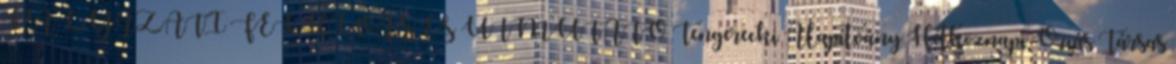
PÁLYÁZATI FELHÍVÁS ÉS ÚTMUTATÓ Tengerecki Alapítvány Hétköznapi Óriás Társas